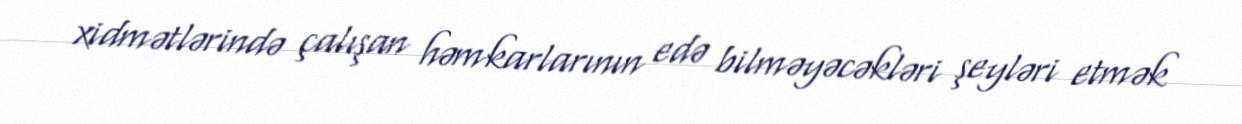
xidmətlərində çalışan həmkarlarının edə bilməyəcəkləri şeyləri etmək